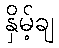
နှိမ့်ချ